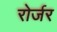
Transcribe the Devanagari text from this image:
रोर्जर